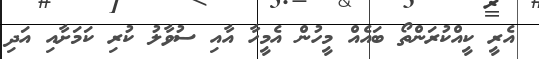
އެރީ ކީއްކުރަންތޯ ބައެއް މީހުން އެމީހާ އާއި ސުވާލު ކުރި ކަމަށާއި އަދި